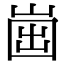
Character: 𡹏